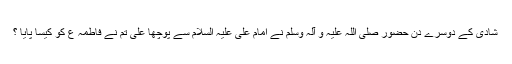
شادی کے دوسرے دن حضور صلی اللہ علیہ و آلہ وسلم نے امام علی علیہ السلام سے پوچھا علی تم نے فاطمہ ع کو کیسا پایا ؟